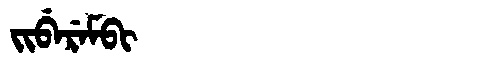
Manchu: ᠵᡳᠪᡝᡵᡝᠮᠪᡳ
Romanization: JIBEREMBI